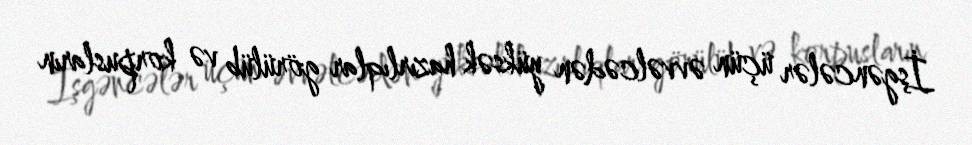
İşgəncələr üçün əvvəlcədən yüksək hazırlıqlar görülüb və korpusların